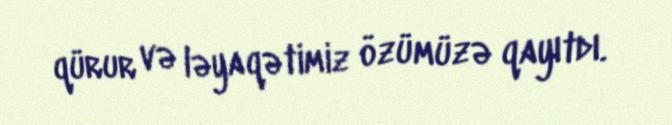
qürur və ləyaqətimiz özümüzə qayıtdı.